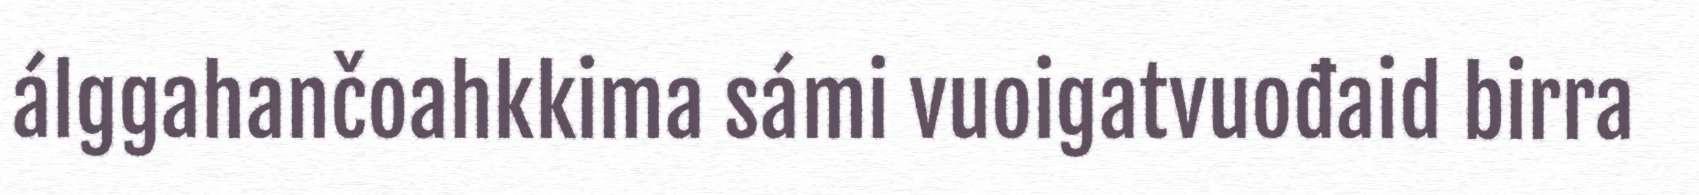
álggahančoahkkima sámi vuoigatvuođaid birra